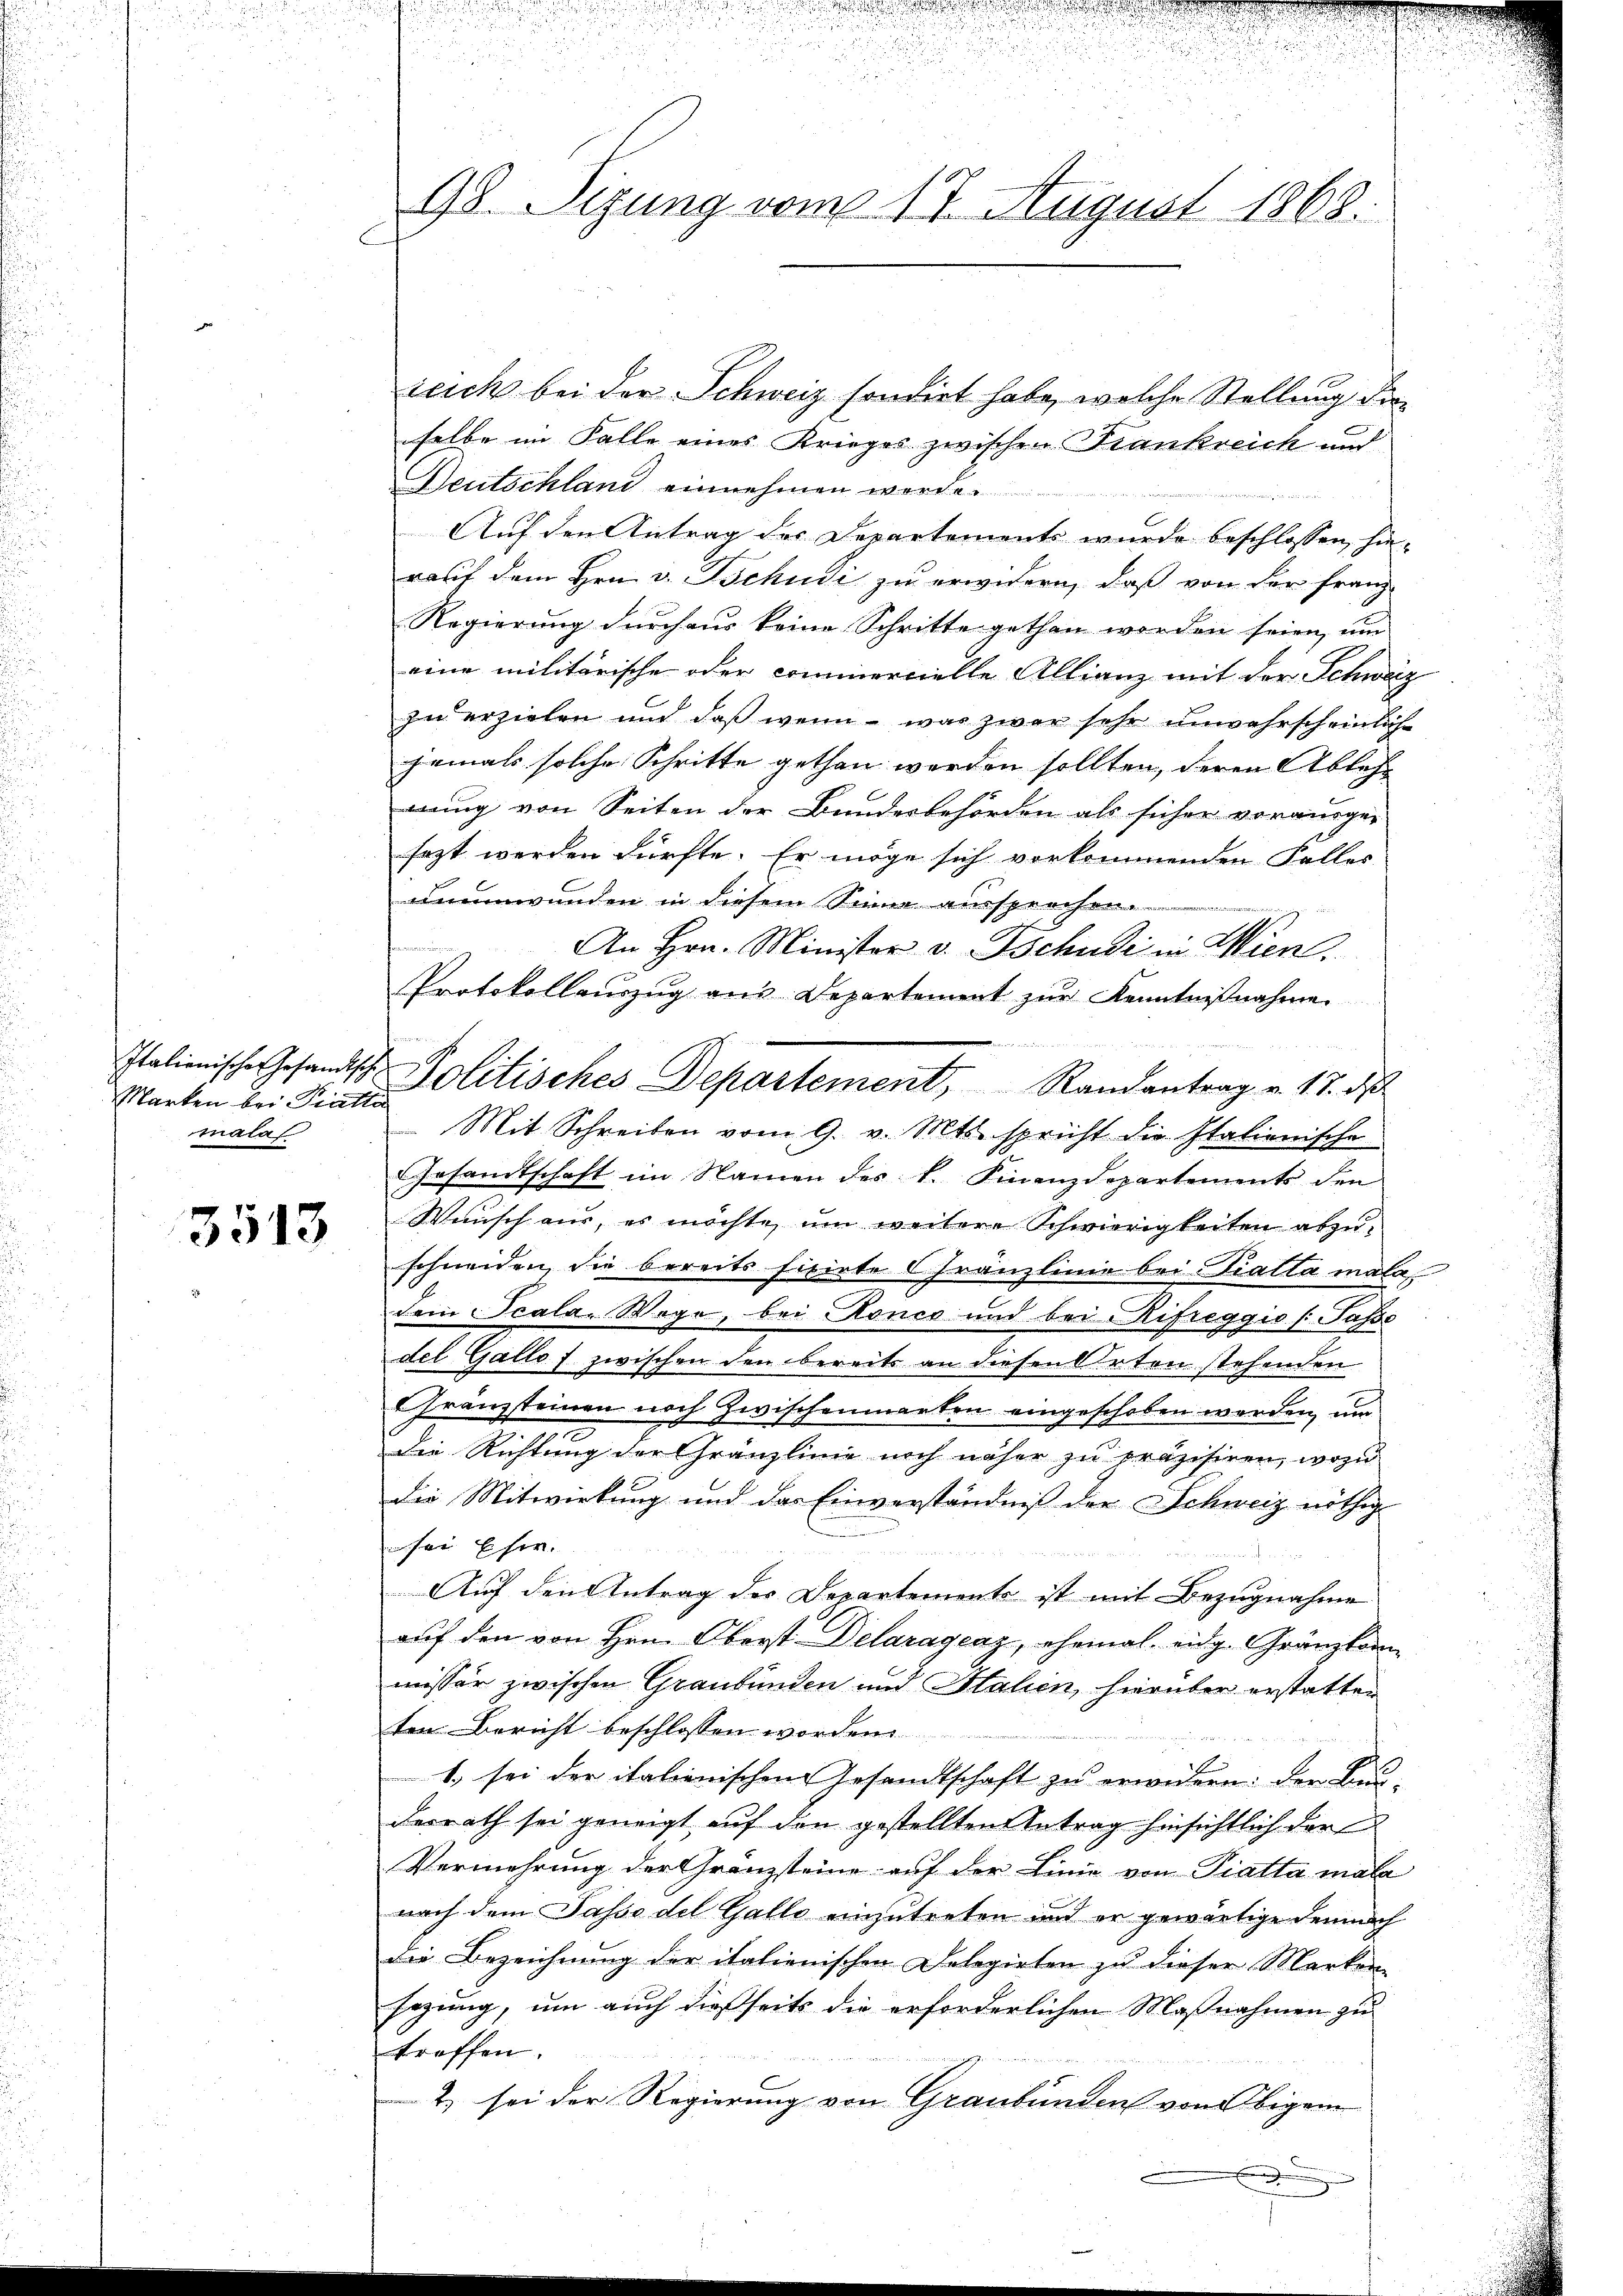
Italionische Gesandtsch
Marken bei Pratto
mala

3513

98. Sizung vom 17. August 1868.

reich bei der Schweiz sondert habe, welche Stellung der
selbe im Falle eines Krieges zwischen Krankreich und
Deutschland einnehmen
Auf den Antrag der Departements wurde beschlossen, hierauf dem Hrn. v. Tschudi zu erwidern, daß von der Franz
Regierung durchaus keine Schritte gethan worden seien, um
eine militärische oder commercielle Allianz mit der Schwarz
zu erzielen und daß wenn - was zwar sehr unwahrscheinliche
jemals solche Schritte gethan werden sollten, deren Ablehn
mung von Seiten der Bunderbehörden als sicher vorausger
sagt werden dürfte. Er möge sich vorkommenden Falles
unumwunden in diesem Sinne aussprechen.

An Hrn. Minister v. Tschudi in Wien
Protokollauszug aus Departement zur Kenntnißnahme.
Gesandtschaft im Namen des k. Finanzdepartements dem
Wunsch aus, es möchte um weitere Schwierigkeiten abzuschneiden, die bereits ficirte Franzlinie bei Tialta mala
dem Scala Wege, bei Ronco und bei Rifreggio (Pässe
del Gallof zwischen den bereits an diesen Arten stehenden
Franzsteinen noch zwischenmarken eingeschoben werden, um
die Richtung der Gränzlinie noch näher zu präzisiren, wozu
die Mitwirkung und das Einverständniß der Schweiz nöthig
ufer Eher.
Auf den Antrag des Departements ist mit Bezugnahme
auf den von Hrn. Oberst Delaragenz, ehemal eidg. Gränzkommisser zwischen Graubünden und Salien, hierüber erstatten
ten Bericht beschlossen worden
1. sei der italienischen Gesandtschaft zu erwidern: der Be-
derrath sei geneigt auf den gestellten Antrag hinsichtlich der
Vermehrung der Granzsteine auf der Linie von Piatta mala
nach dem Sasso del Gallo einzutreten und er gewärtige demnach
die Bezeichnung der italienischen Delegierten zu dieser Marken-
Eegung, um auch dießseits die erforderlichen Maßnahmen zu
treffen.
2) sei der Regierung von Graubünden von Obigem
d

hen
i
Politisches Departement, Randantrag v. 17. d
 Mit Schreiben vom 9. v. Mts. spricht die Italienische